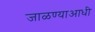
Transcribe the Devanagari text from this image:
जाळण्याआधी